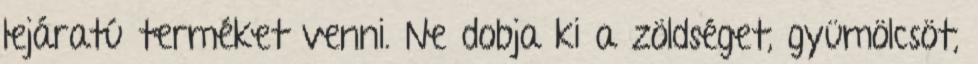
lejáratú terméket venni. Ne dobja ki a zöldséget, gyümölcsöt,